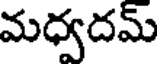
మధ్వదమ్